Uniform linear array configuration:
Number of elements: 64
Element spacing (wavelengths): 1
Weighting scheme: uniform
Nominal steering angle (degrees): -60
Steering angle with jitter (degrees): -59.114
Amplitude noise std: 0.05
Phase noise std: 0.05

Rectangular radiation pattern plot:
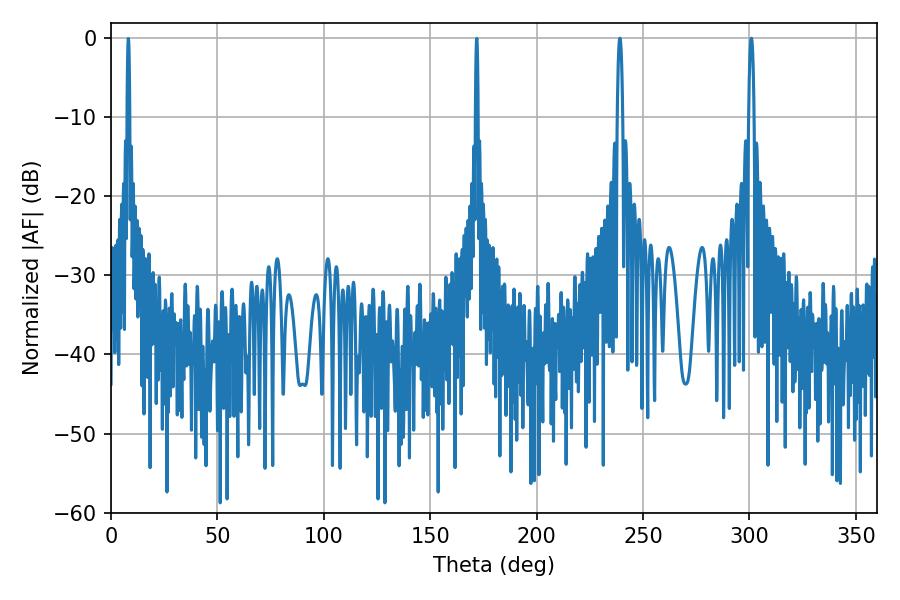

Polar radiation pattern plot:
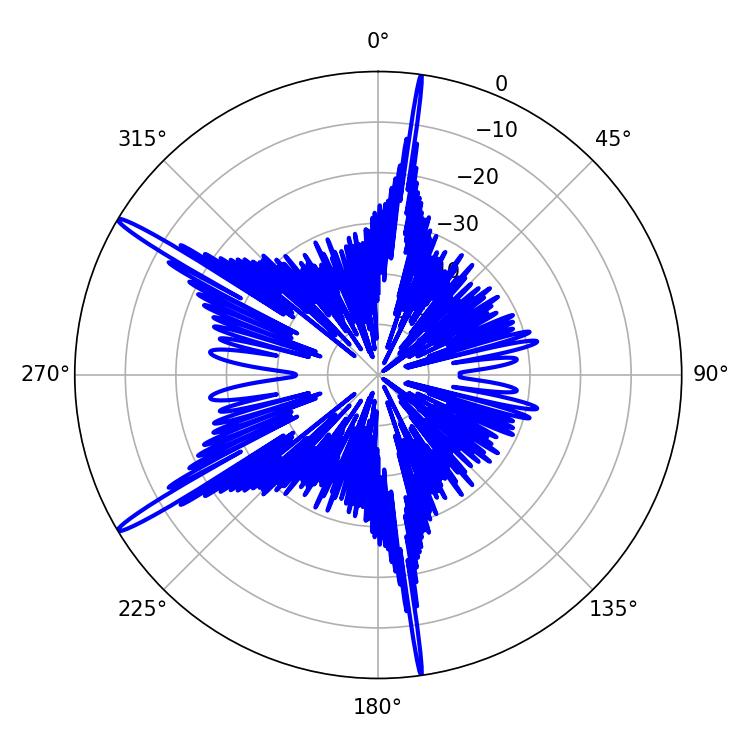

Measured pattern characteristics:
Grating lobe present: TRUE
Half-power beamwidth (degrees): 1.26
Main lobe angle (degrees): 300.96